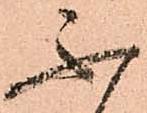
不